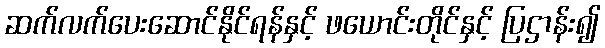
ဆက်လက်ပေးဆောင်နိုင်ရန်နှင့် ဖယောင်းတိုင်နှင့် ပြဌာန်း၍